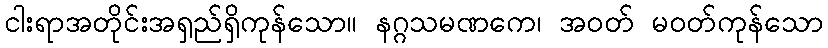
ငါးရာအတိုင်းအရှည်ရှိကုန်သော။ နဂ္ဂသမဏကေ၊ အဝတ် မဝတ်ကုန်သော